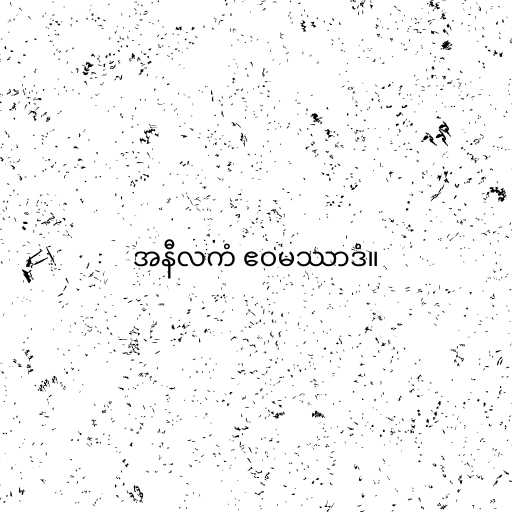
အနီလကံ ဧဝမဿာဒံ။